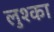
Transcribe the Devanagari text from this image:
लुश्का